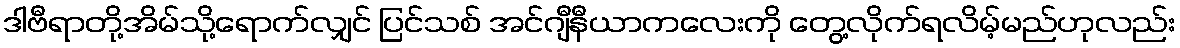
ဒါဗီရာတို့အိမ်သို့ရောက်လျှင် ပြင်သစ် အင်ဂျီနီယာကလေးကို တွေ့လိုက်ရလိမ့်မည်ဟုလည်း